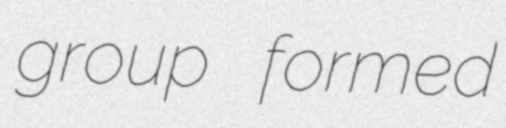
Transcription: group formed